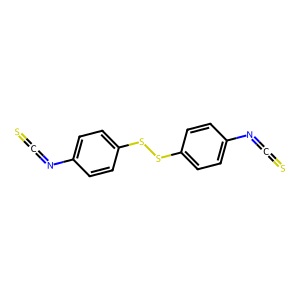
SMILES: S=C=Nc1ccc(SSc2ccc(N=C=S)cc2)cc1
Inhibits HIV replication: No